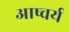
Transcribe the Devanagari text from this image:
आष्चर्य